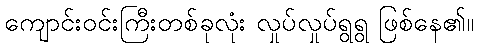
ကျောင်းဝင်းကြီးတစ်ခုလုံး လှုပ်လှုပ်ရွရွ ဖြစ်နေ၏။